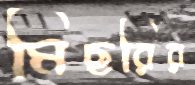
মিছরির